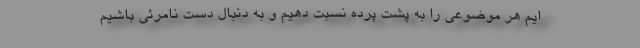
ایم هر موضوعی را به پشت پرده نسبت دهیم و به دنبال دست نامرئی باشیم